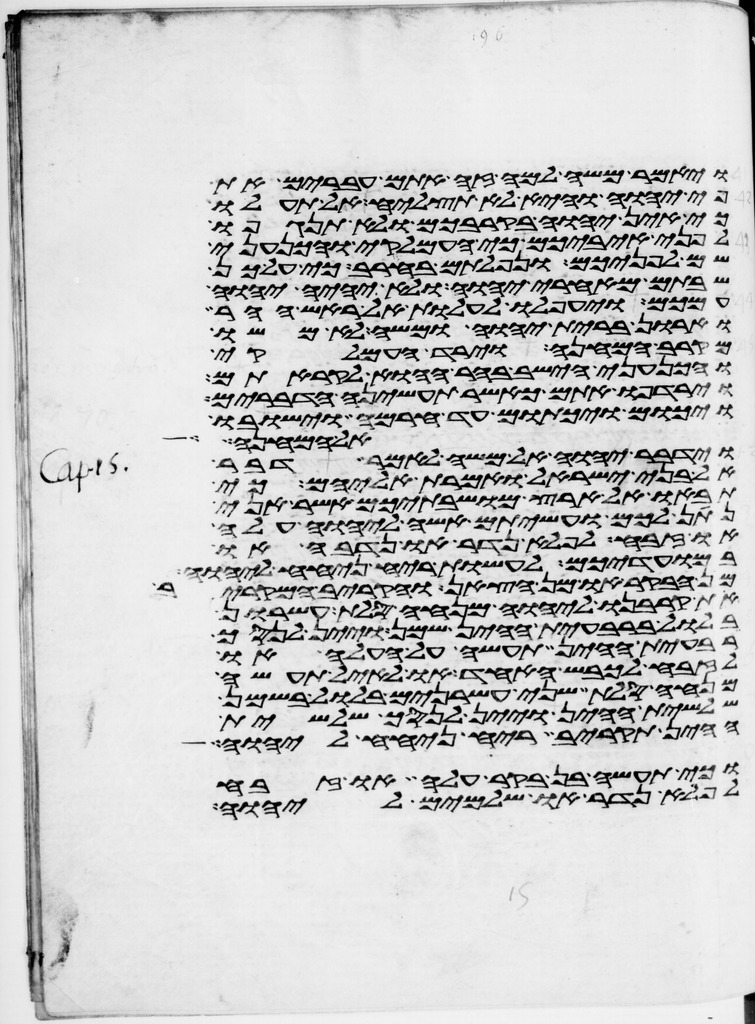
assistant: ויאמר משה למה זה אתם עברים את
פי יהוה והיא לא תצליח אל תעלו
כי אין יהוה בקרבכם ולא תנגפו
לפני איביכם כי העמלקי והכנעני
שם לפניכם ונפלתם בחרב כי על כן
שבתם מאחרי יהוה ולא יהיה יהוה
עמכם ויעפלו לעלות אל ראש ההר
וארון ברית יהוה ומשה לא משו
מקרב המחנה וירד העמלקי
והכנעני הישב בהר ההוא לקראתם
וירדפו אתם כאשר תעשינה הדברים
ויכום ויכתום עד חרמה וישבו
אל המחנה
וידבר יהוה אל משה לאמר דבר
אל בני ישראל ואמרת אליהם כי
תבאו אל ארץ מושבתיכם אשר אני
נתן לכם ועשיתם אשה ליהוה עלה
או זבח לפלא נדר או נדבה או
במועדיכם לעשות ריח ניחח ליהוה
מן הבקר או מן הצאן והקריב המקריב
את קרבנו ליהוה מנחה סלת עשרון
בלול ברבעית ההין שמן ויין לנסך
רבעית ההין תעשה על העלה או
לזבח לכבש האחד או לאיל תעשה
מנחה סלת שני עשרנים בלול בשמן
שלשית ההין ויין לנסך שלשית
ההין תקריב ריח ניחח ליהוה
וכי תעשה בן בקר עלה או זבח
לפלא נדר או שלמים ליהוה